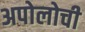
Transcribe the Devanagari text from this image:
अपोलोची